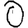
Digit: 0